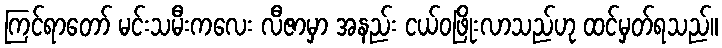
ကြင်ရာတော် မင်းသမီးကလေး လီဇာမှာ အနည်း ငယ်ဝဖြိုးလာသည်ဟု ထင်မှတ်ရသည်။